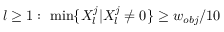
l \ge 1 : \ \operatorname* { m i n } \{ X _ { l } ^ { j } | X _ { l } ^ { j } \neq 0 \} \ge w _ { o b j } / 1 0